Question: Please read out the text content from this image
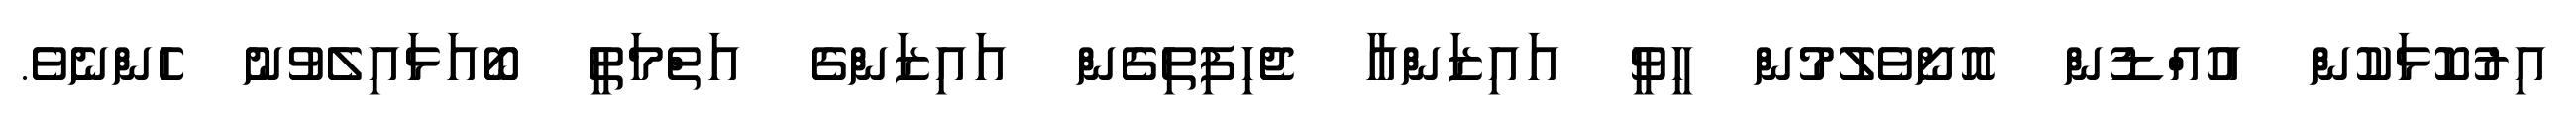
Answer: އިރުކޮޅަކުން އުއްޑުން އޮށޯވެލުމުން ހީވީ އައިޒަންއާ ޖެހިފިތިގެން އައިޒަންގެ އަތްމަތީ ބޯއަޅައިލެވުނު ހެންނެވެ.